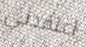
اعتقدتي